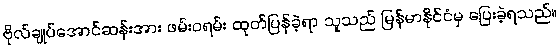
ဗိုလ်ချုပ်အောင်ဆန်းအား ဖမ်းဝရမ်း ထုတ်ပြန်ခဲ့ရာ သူသည် မြန်မာနိုင်ငံမှ ပြေးခဲ့ရသည်။